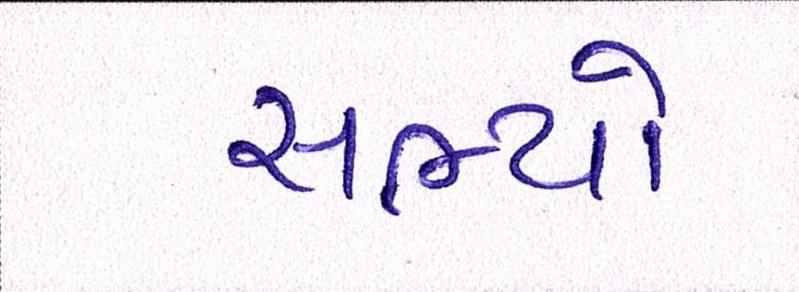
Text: સભ્યો